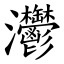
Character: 灪